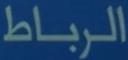
الرباط